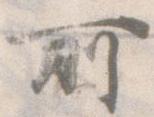
所